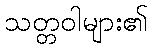
သတ္တဝါများ၏